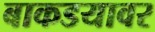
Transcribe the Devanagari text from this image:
बाकडयावर